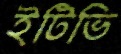
ইটিভি